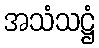
အသံသဋ္ဌံ